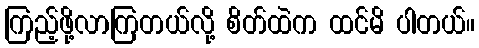
ကြည့်ဖို့လာကြတယ်လို့ စိတ်ထဲက ထင်မိ ပါတယ်။